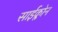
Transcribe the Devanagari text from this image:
साईक्लोन